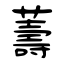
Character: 薵